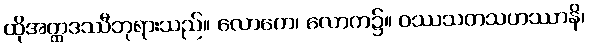
ထိုအတ္ထဒဿီဘုရားသည်။ လောကေ၊ လောက၌။ ဝဿသတသဟဿာနိ၊